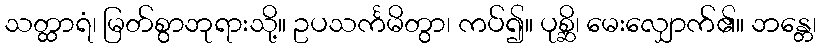
သတ္ထာရံ၊ မြတ်စွာဘုရားသို့။ ဥပသင်္ကမိတွာ၊ ကပ်၍။ ပုစ္ဆိ၊ မေးလျှောက်၏။ ဘန္တေ၊